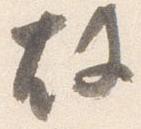
故